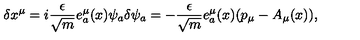
\delta x ^ { \mu } = i \frac { \epsilon } { \sqrt { m } } e _ { a } ^ { \mu } ( x ) \psi _ { a } \delta \psi _ { a } = - \frac { \epsilon } { \sqrt { m } } e _ { a } ^ { \mu } ( x ) ( p _ { \mu } - A _ { \mu } ( x ) ) ,